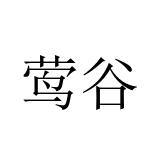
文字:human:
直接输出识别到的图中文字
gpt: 莺谷